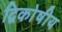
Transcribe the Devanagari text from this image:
द्विकोषीय